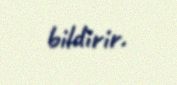
bildirir.